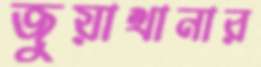
জুয়াখানার